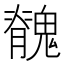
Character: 䰪